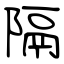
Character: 隔